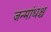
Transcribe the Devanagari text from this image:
जन्मांधश्च